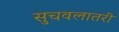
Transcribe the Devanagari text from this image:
सुचवलातरी